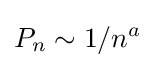
P_{n}\sim 1/n^{a}